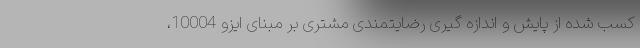
کسب شده از پایش و اندازه گیری رضایتمندی مشتری بر مبنای ایزو 10004،